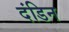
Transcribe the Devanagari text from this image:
दंडिन